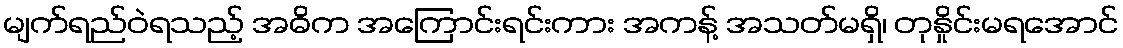
မျက်ရည်ဝဲရသည့် အဓိက အကြောင်းရင်းကား အကန့် အသတ်မရှိ၊ တုနှိုင်းမရအောင်